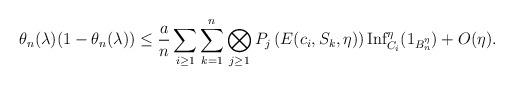
LaTeX: \begin{align*}\theta_n(\lambda)(1-\theta_n(\lambda))\leq \frac{ a}{n}\sum_{i\geq 1}\sum_{k=1}^{n} \bigotimes_{j\geq 1}P_j\left(E(c_i,S_k,\eta) \right)\mbox{Inf}_{{C}_i}^{\eta}(1_{B_n^{{\eta}}}) +O(\eta).\end{align*}